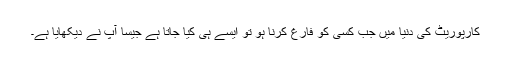
کارپوریٹ کی دنیا میں جب کسی کو فارغ کرنا ہو تو ایسے ہی کیا جاتا ہے جیسا آپ نے دیکھایا ہے۔